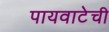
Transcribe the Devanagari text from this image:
पायवाटेची